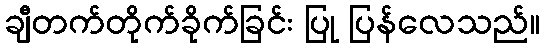
ချီတက်တိုက်ခိုက်ခြင်း ပြု ပြန်လေသည်။